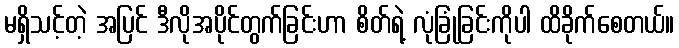
မရှိသင့်တဲ့ အပြင် ဒီလိုအပိုင်တွက်ခြင်းဟာ စိတ်ရဲ့ လုံခြုံခြင်းကိုပါ ထိခိုက်စေတယ်။